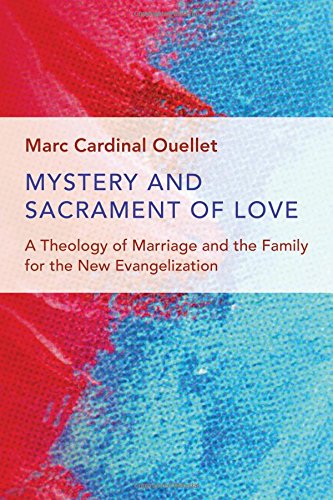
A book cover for Mystery and Sacrament of Love: A Theology of Marriage and the Family for the New Evangelization (Humanum Imprint); Marc Cardinal Ouellet; Christian Books & Bibles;